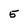
Character: 5